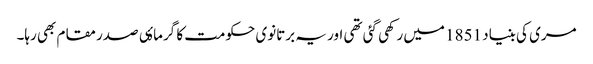
مری کی بنیاد 1851 میں رکھی گئی تھی اور یہ برتانوی حکومت کا گرماۂی صدر مقام بھی رہا۔